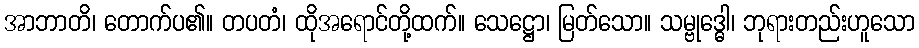
အာဘာတိ၊ တောက်ပ၏။ တပတံ၊ ထိုအရောင်တို့ထက်။ သေဋ္ဌော၊ မြတ်သော။ သမ္ဗုဒ္ဓေါ၊ ဘုရားတည်းဟူသော